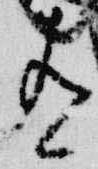
有